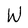
Character: W